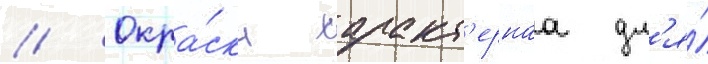
// Окра́ска характ'ернаа дл'я́